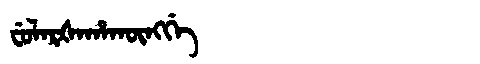
Manchu: ᠸᡠᠯᠠᡵᡧᠠᡥᠠᡴᡡᠩᡤᡝ
Romanization: FULARŠAHAKŪNGGE